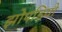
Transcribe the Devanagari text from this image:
झोपड़ियो